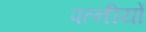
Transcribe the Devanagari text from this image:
पत्नीयों